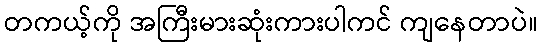
တကယ့်ကို အကြီးမားဆုံးကားပါကင် ကျနေတာပဲ။